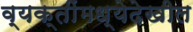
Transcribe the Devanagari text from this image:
व्यक्तींमध्येदेखील